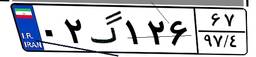
۰۲گ۱۲۶۶۷